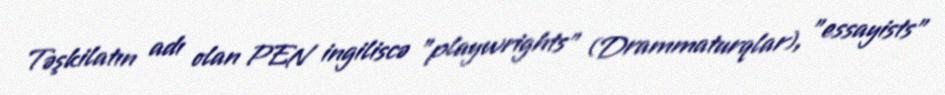
Təşkilatın adı olan PEN ingiliscə "playwrights" (Drammaturqlar), "essayists"